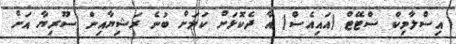
އިސްލާމިކް ސްޓޭޓް (އައިއެސް) އާ ދެކޮޅަށް ކަމަށް ބުނެ ރަޝިޔާއިން ސޫރިޔާ އަށް